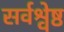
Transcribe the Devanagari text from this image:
सर्वश्वेष्ठ